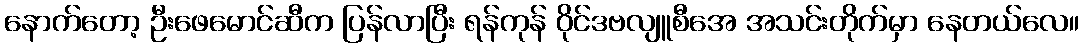
နောက်တော့ ဦးဖေမောင်ဆီက ပြန်လာပြီး ရန်ကုန် ဝိုင်ဒဗလျူစီအေ အသင်းတိုက်မှာ နေတယ်လေ။